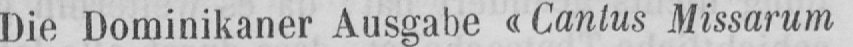
Die Dominikaner Ausgabe «Canlus Missarum